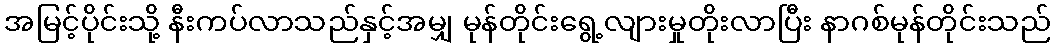
အမြင့်ပိုင်းသို့ နီးကပ်လာသည်နှင့်အမျှ မုန်တိုင်းရွေ့လျားမှုတိုးလာပြီး နာဂစ်မုန်တိုင်းသည်